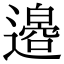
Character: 𫟪